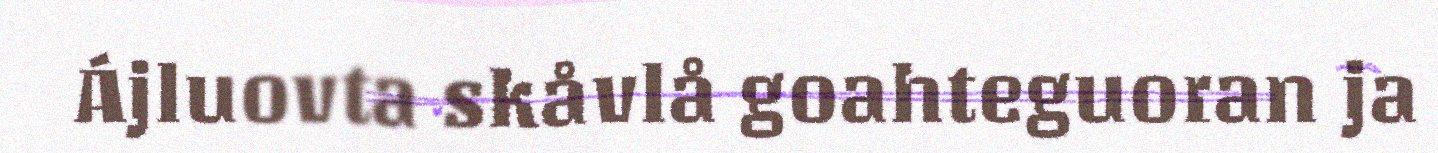
Ájluovta skåvlå goahteguoran ja